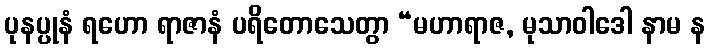
ပုနပ္ပုနံ ရဟော ရာဇာနံ ပရိတောသေတွာ “မဟာရာဇ, မုသာဝါဒေါ နာမ န